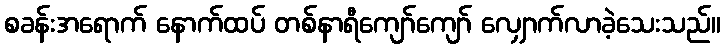
စခန်းအရောက် နောက်ထပ် တစ်နာရီကျော်ကျော် လျှောက်လာခဲ့သေးသည်။